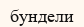
бундели